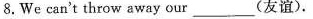
8.We can't throw away our______(友谊).